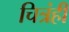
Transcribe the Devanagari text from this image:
चित्रंही